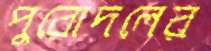
পুরোদলের